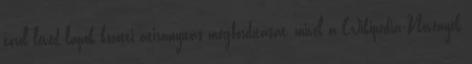
töröl levéd lapok közötti átirányítás megfordítását, mivel a Wikipédia:Növények